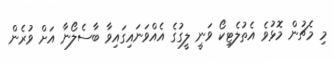
މި މެޗުން މޮޅުވެ އެތުލެޓިކޯ ވަނީ ލީގުގެ އެއްވަނައިގައިވާ ބާސެލޯނާ އަށް ވުރެން